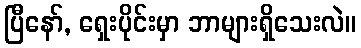
ပြီနော်, ရှေးပိုင်းမှာ ဘာများရှိသေးလဲ။